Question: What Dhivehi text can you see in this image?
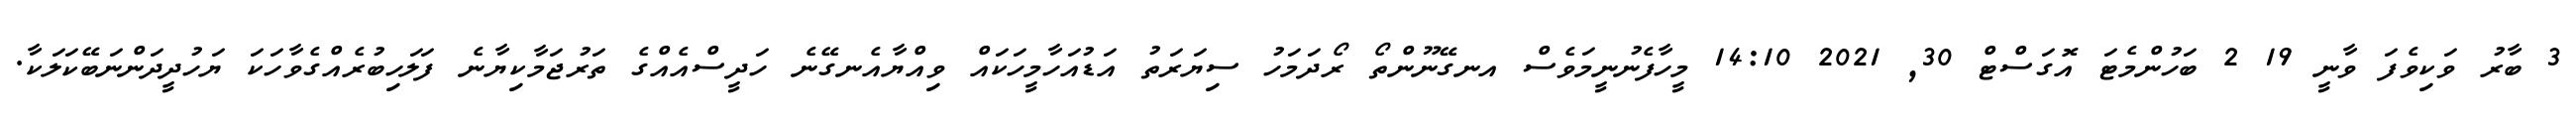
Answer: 3 ބާރު ވަކިވެފަ ވާނީ 19 2 ބަހުންމެޓަ އޮގަސްޓް 30, 2021 14:10 މީހާފެނުނީމަވެސް އނގޭނޫންތޯ ރޯދަމަހު ސިޔަރަތު އަޑުއަހާމީހަކައް ވިއްޔާއެނގޭނެ ހަދީސްއެއްގެ ތަރުޖަމާކިޔާނެ ފަލަހިބުރެއްގެވާހަކަ ޔަހުދީދަންނަބޭކަލަކާ.